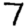
Digit: 7